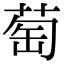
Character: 萄